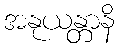
အနုယန္တာနိ